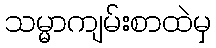
သမ္မာကျမ်းစာထဲမှ